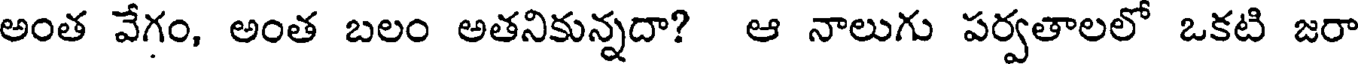
అంత వేగం, అంత బలం అతనికున్నదా? ఆ నాలుగు పర్వతాలలో ఒకటి జరా